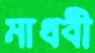
মাধবী